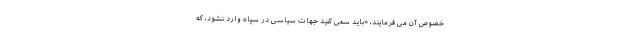
خصوص آن می فرمایند، «باید سعی کنید جهات سیاسی در سپاه وارد نشود، که